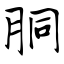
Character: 胴